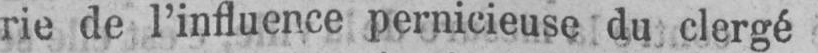
rie de l’influence pernicieuse du clergé